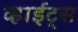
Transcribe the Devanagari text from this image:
व्हाईट्स